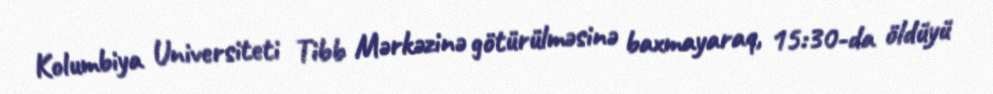
Kolumbiya Universiteti Tibb Mərkəzinə götürülməsinə baxmayaraq, 15:30-da öldüyü